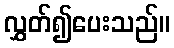
လွှတ်၍ပေးသည်။